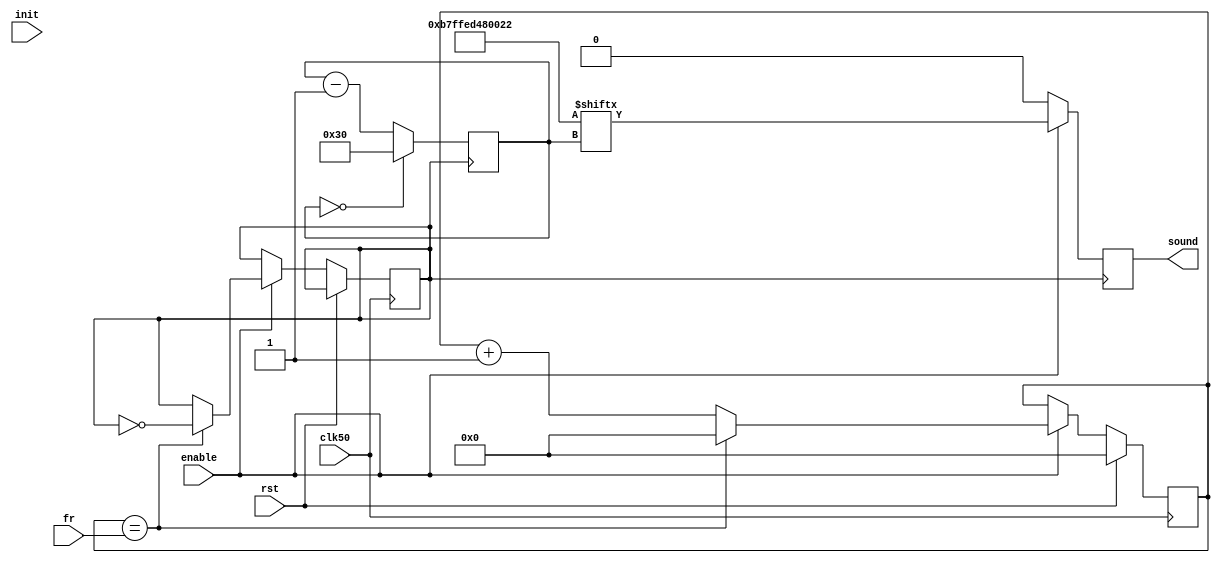
module espectro(input clk50,input rst, input enable, input [31:0]fr, input init,
		output sound);

reg clk;
reg [19:0]counter1;
reg [5:0]counter2;
reg [48:0]salida = 49'b0101101111111111111101101010010000000000000100010;
reg sound;

initial begin
	clk <= 0;
	//counter1 <=1;
	counter2 <= 48;
	end
	


////////////////////////////////// ENABLE //////////////////////////
//always@(posedge enable)
initial
begin
	counter1 <= 20'b0;

end



//----------------------contador-------------------------//
always@(posedge clk)
	begin
		if(counter2 == 0)
			counter2 = 48;
		else		
			counter2 = counter2 - 1;
	end

always@(posedge clk)
	begin
		if(enable == 1)	begin 	
			sound = salida[counter2];
			end
		else 	begin
			sound = 0;
			end
	end 
//----------------------contador-------------------------//


//--------------------divisor de frecuencia----------------//
always@(posedge clk50)
	begin
		if(rst == 1)
		begin
			counter1 = 20'b0;
			//fr = 32'hFFFFFFFF;
			
		end
		else
		begin
			if(enable == 1)
			begin
				if(counter1 == fr)
					begin
					clk <= ~clk;
					counter1 = 0;
					end
				else
					begin
					counter1 = counter1 + 1;
					end
			end
		end        
	end
//----------------divisor de frecuencia-------------------//



endmodule